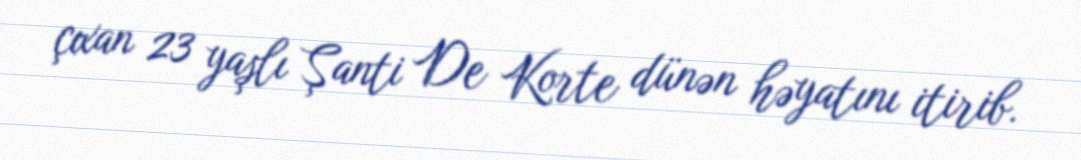
çıxan 23 yaşlı Şanti De Korte dünən həyatını itirib.